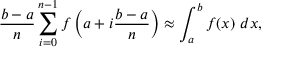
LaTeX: { \frac { b - a } { n } } \sum _ { i = 0 } ^ { n - 1 } f \left( a + i { \frac { b - a } { n } } \right) \approx \int _ { a } ^ { b } f ( x ) \ d x ,